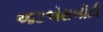
આઇએસબીટી